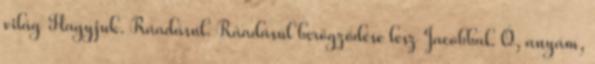
világ Hagyjuk. Ráadásul. Ráadásul berögződése lesz Jacobbal. Ó, anyám,